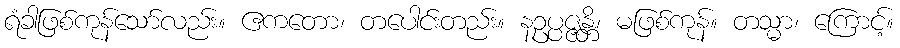
ရံခါဖြစ်ကုန်သော်လည်း။ ဧကတော၊ တပေါင်းတည်း။ နဥပ္ပဇ္ဇန္တိ၊ မဖြစ်ကုန်။ တသ္မာ၊ ကြောင့်။